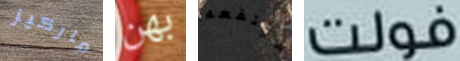
ماركيز بهن مرتفعه فولت